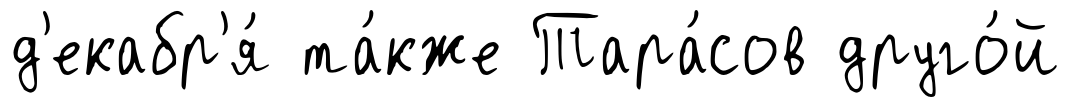
д'екабр'я́ та́кже Тара́сов друго́й